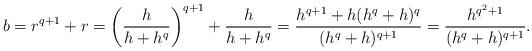
LaTeX: \begin{align*}b = r^{q+1} + r = \left(\frac{h}{h+h^q}\right)^{q+1} + \frac{h}{h+h^q} = \frac{h^{q+1}+h(h^q+h)^q}{(h^q+h)^{q+1}} = \frac{h^{q^2+1}}{(h^q+h)^{q+1}}.\end{align*}